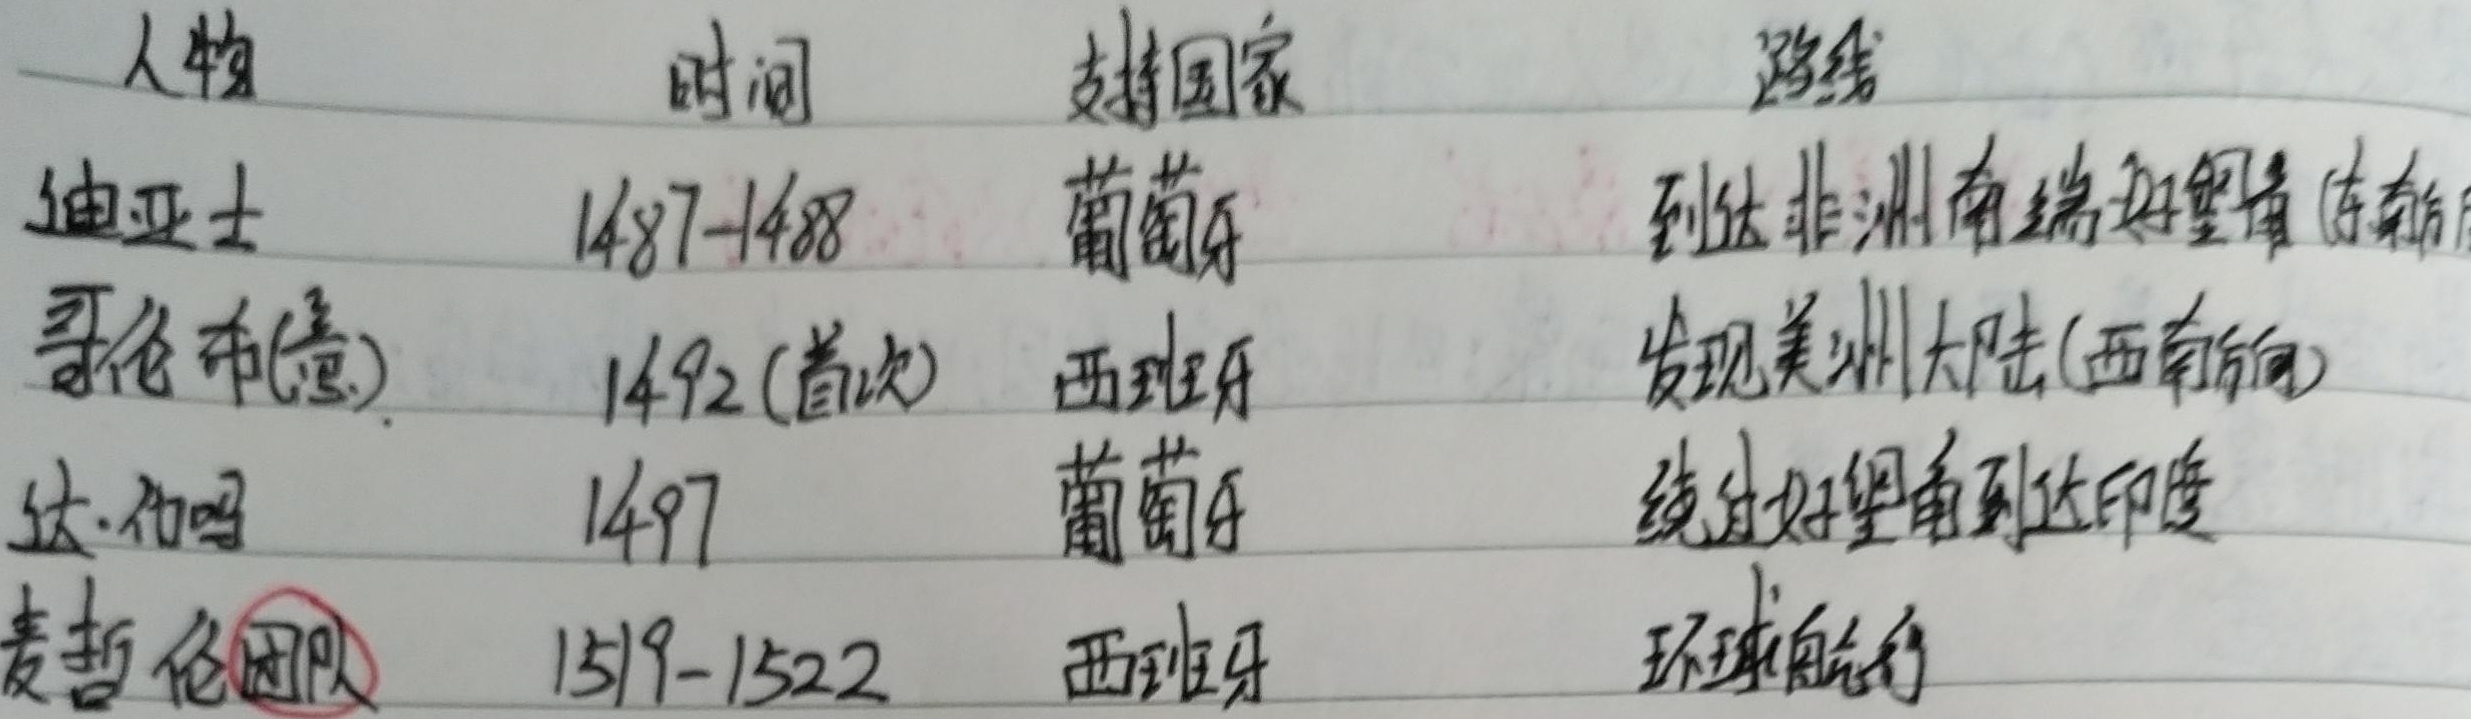
\begin{tabular}{|l|l|l|l|}
\hline
\text{人物} & \text{时间} & \text{支持国家} & \text{路线} \\
\hline
\text{迪亚士} & 1487 - 1488 & \text{葡萄牙} & \text{到达非洲南端好望角（东航）} \\
\hline
\text{哥伦布}(\text{意}) & 1492(\text{首次}) & \text{西班牙} & \text{发现美洲大陆}(\text{西航}) \\
\hline
\text{达}·\text{伽马} & 1497 & \text{葡萄牙} & \text{绕过好望角到达印度} \\
\hline
\text{麦哲伦团队} & 1519 - 1522 & \text{西班牙} & \text{环球航行} \\
\hline
\end{tabular}